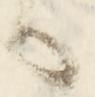
る